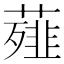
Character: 薤